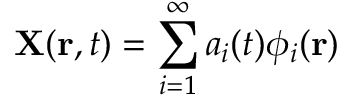
\mathbf { X } ( \mathbf { r } , t ) = \sum _ { i = 1 } ^ { \infty } a _ { i } ( t ) \phi _ { i } ( \mathbf { r } )